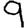
Digit: 9